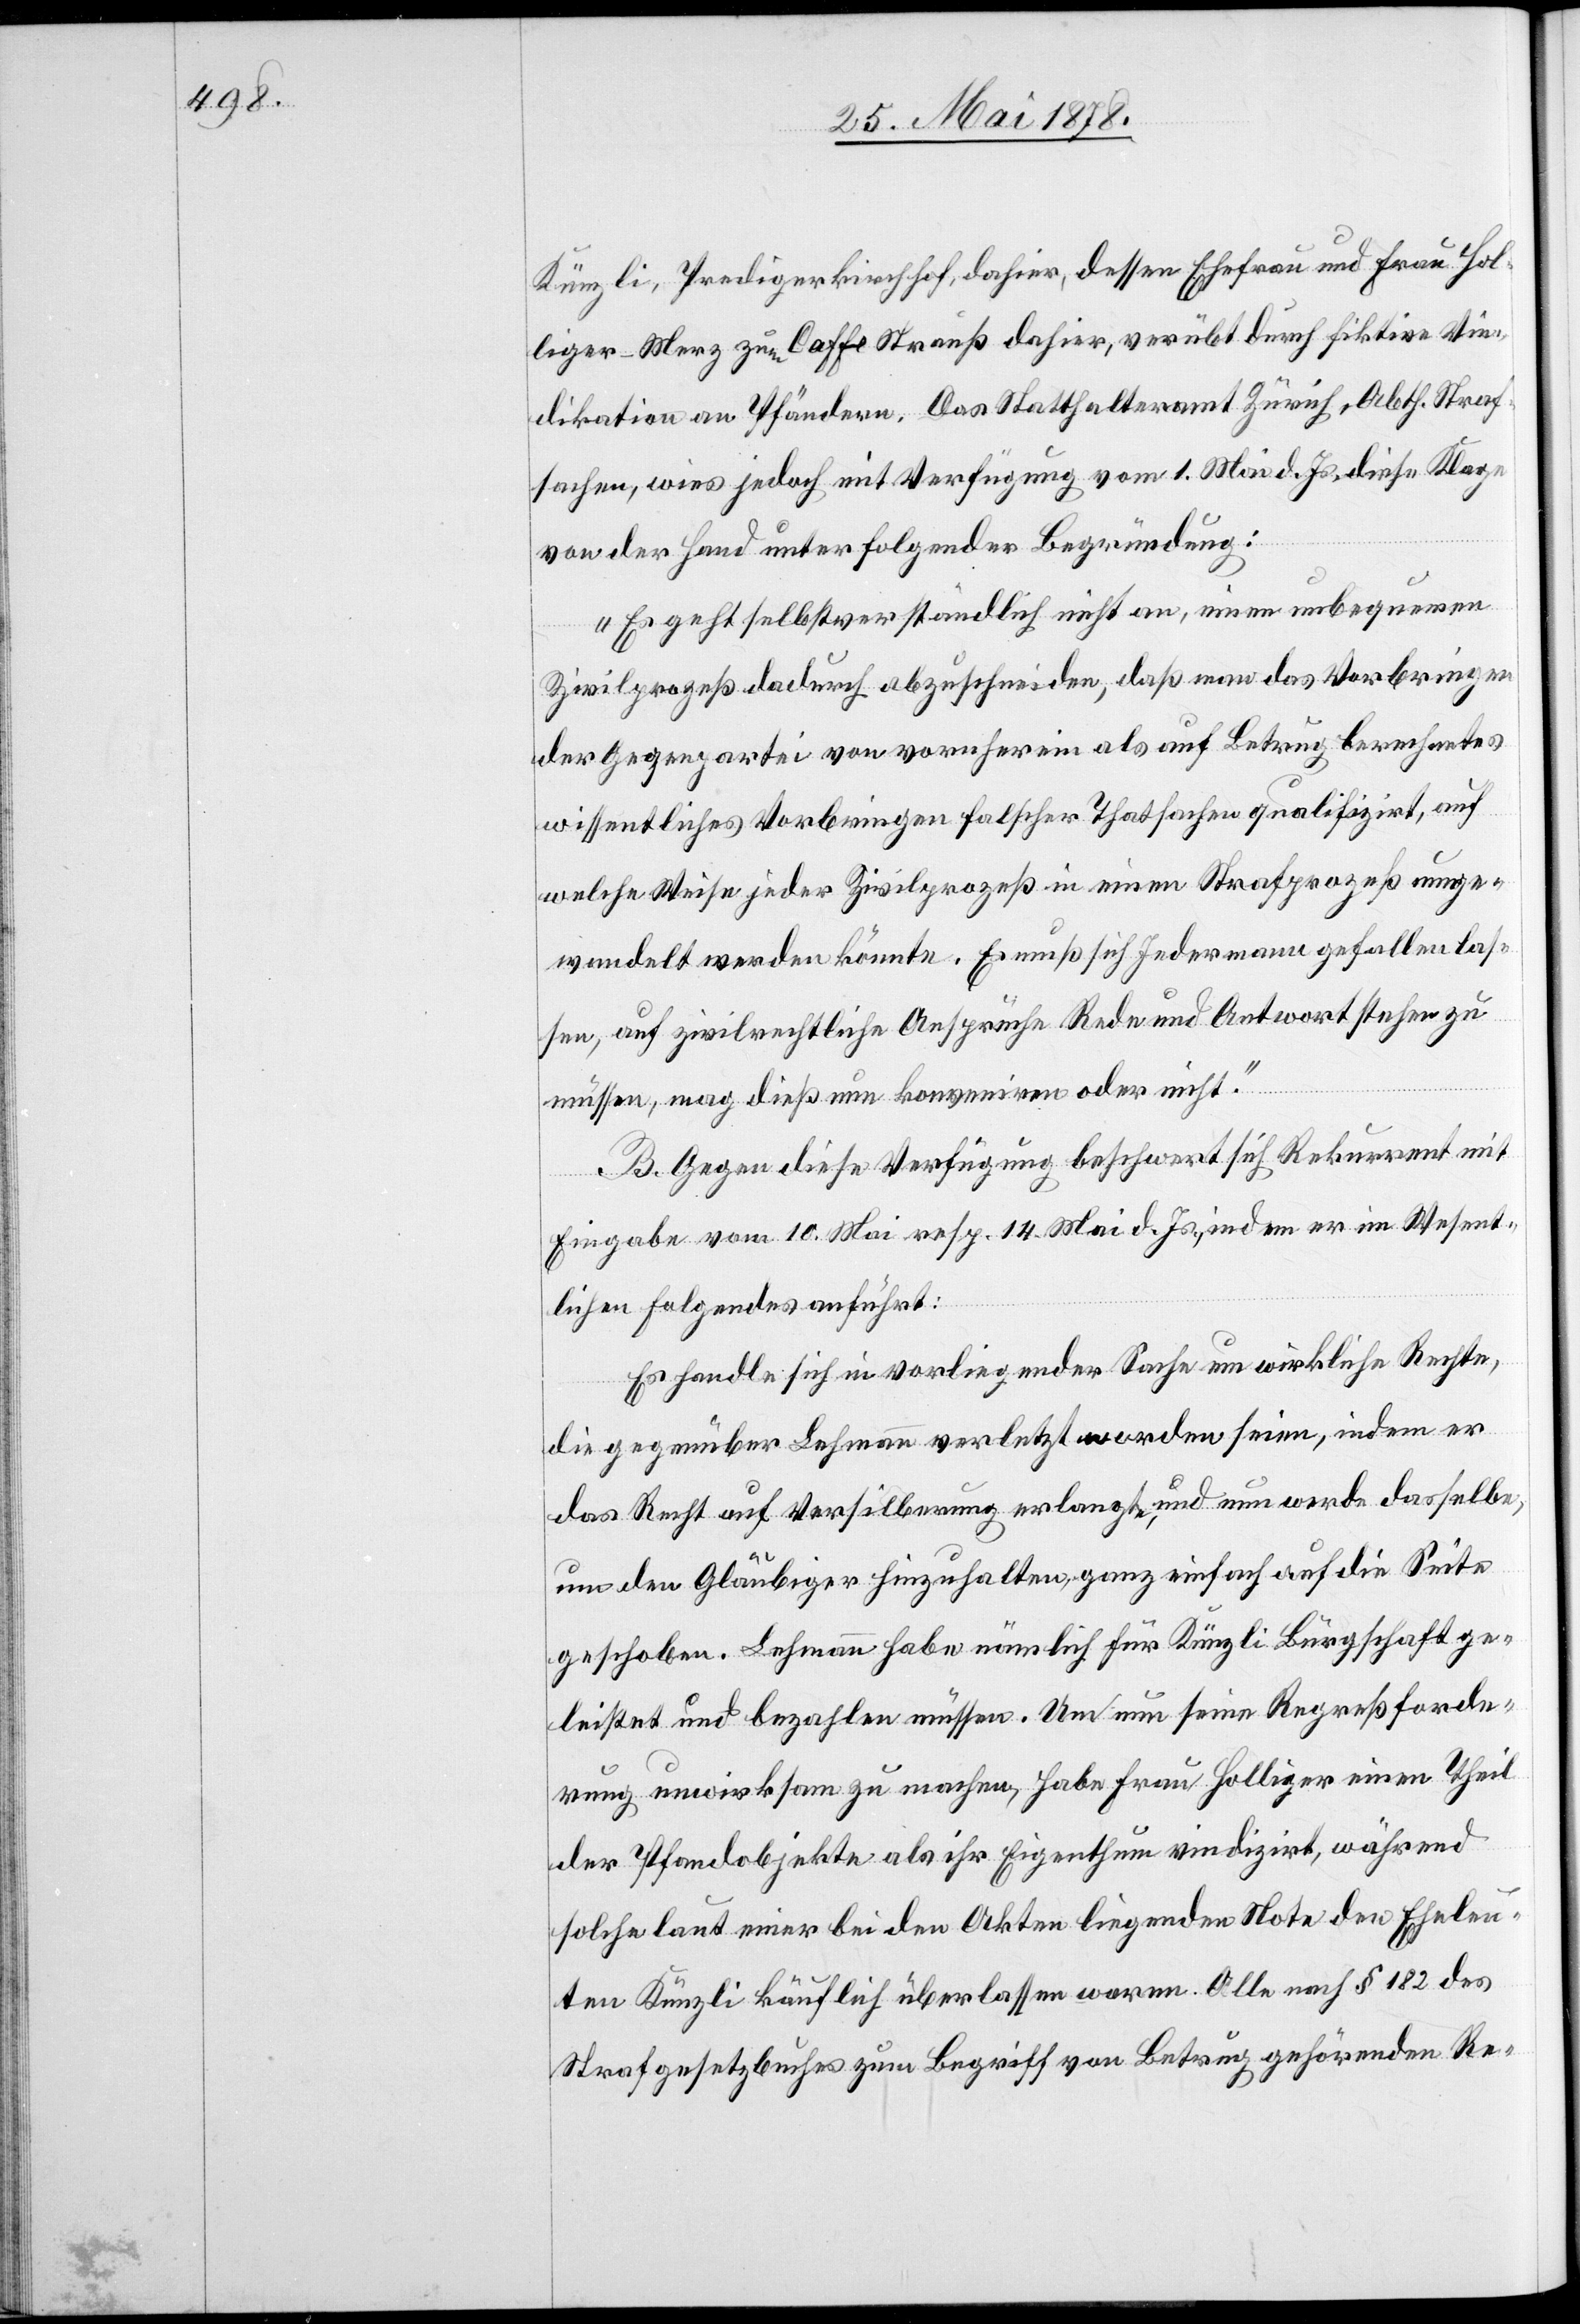
Künzli, Predigerkirchhof, dahier, dessen Ehefrau und Frau Hol¬
liger-Merz zum Caffe Streuß dahier, verübt durch fiktive Vin¬
dikation an Pfändern. Das Statthalteramt Zürich, Abth. Straf¬
sachen, wies jedoch mit Verfügung vom 1. Mai d. Js. diese Klage
von der Hand unter folgender Begründung:
„Es geht selbstverständlich nicht an, einen unbequemen
Zivilprozeß dadurch abzuschneiden, das man das Vorbringen
der Gegenpartei von vornherein als auf Betrug berechnetes
wissentliches Vorbringen falscher Thatsachen qualifizirt, auf
welche Weise jeder Zivilprozeß in einen Strafprozeß umge¬
wandelt werden könnte. Es muß sich Jedermann gefallen las¬
sen, auf zivilrechtliche Ansprüche Rede und Antwort stehen zu
müssen, mag dies nun konveniren oder nicht.“
B. Gegen diese Verfügung beschwert sich Rekurrent mit
Eingabe vom 10. Mai resp. 14. Mai d. Js., indem er im Wesent¬
lichen folgendes anführt:
Es handle sich in vorliegender Sache um wirkliche Rechte,
die gegenüber Lehmann verletzt worden seien, indem er
das Recht auf Versilberung erlangt, und nun werde dasselbe,
um den Gläubiger hinzuhalten, ganz einfach auf die Seite
geschoben. Lehmann habe nämlich für Künzli Bürgschaft ge¬
leistet und bezahlen müssen. Um nun seine Regreßforde¬
rung unwirksam zu machen, habe Frau Holliger einen Theil
der Pfandobjekte als ihr Eigenthum vindizirt, während
solche laut einer bei den Akten liegenden Note den Eheleu¬
ten Künzli käuflich überlassen waren. Alle nach § 182 des
Strafgesetzbuches zum Begriff von Betrug gehörenden Re-